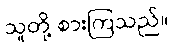
သူတို့ စားကြသည်။